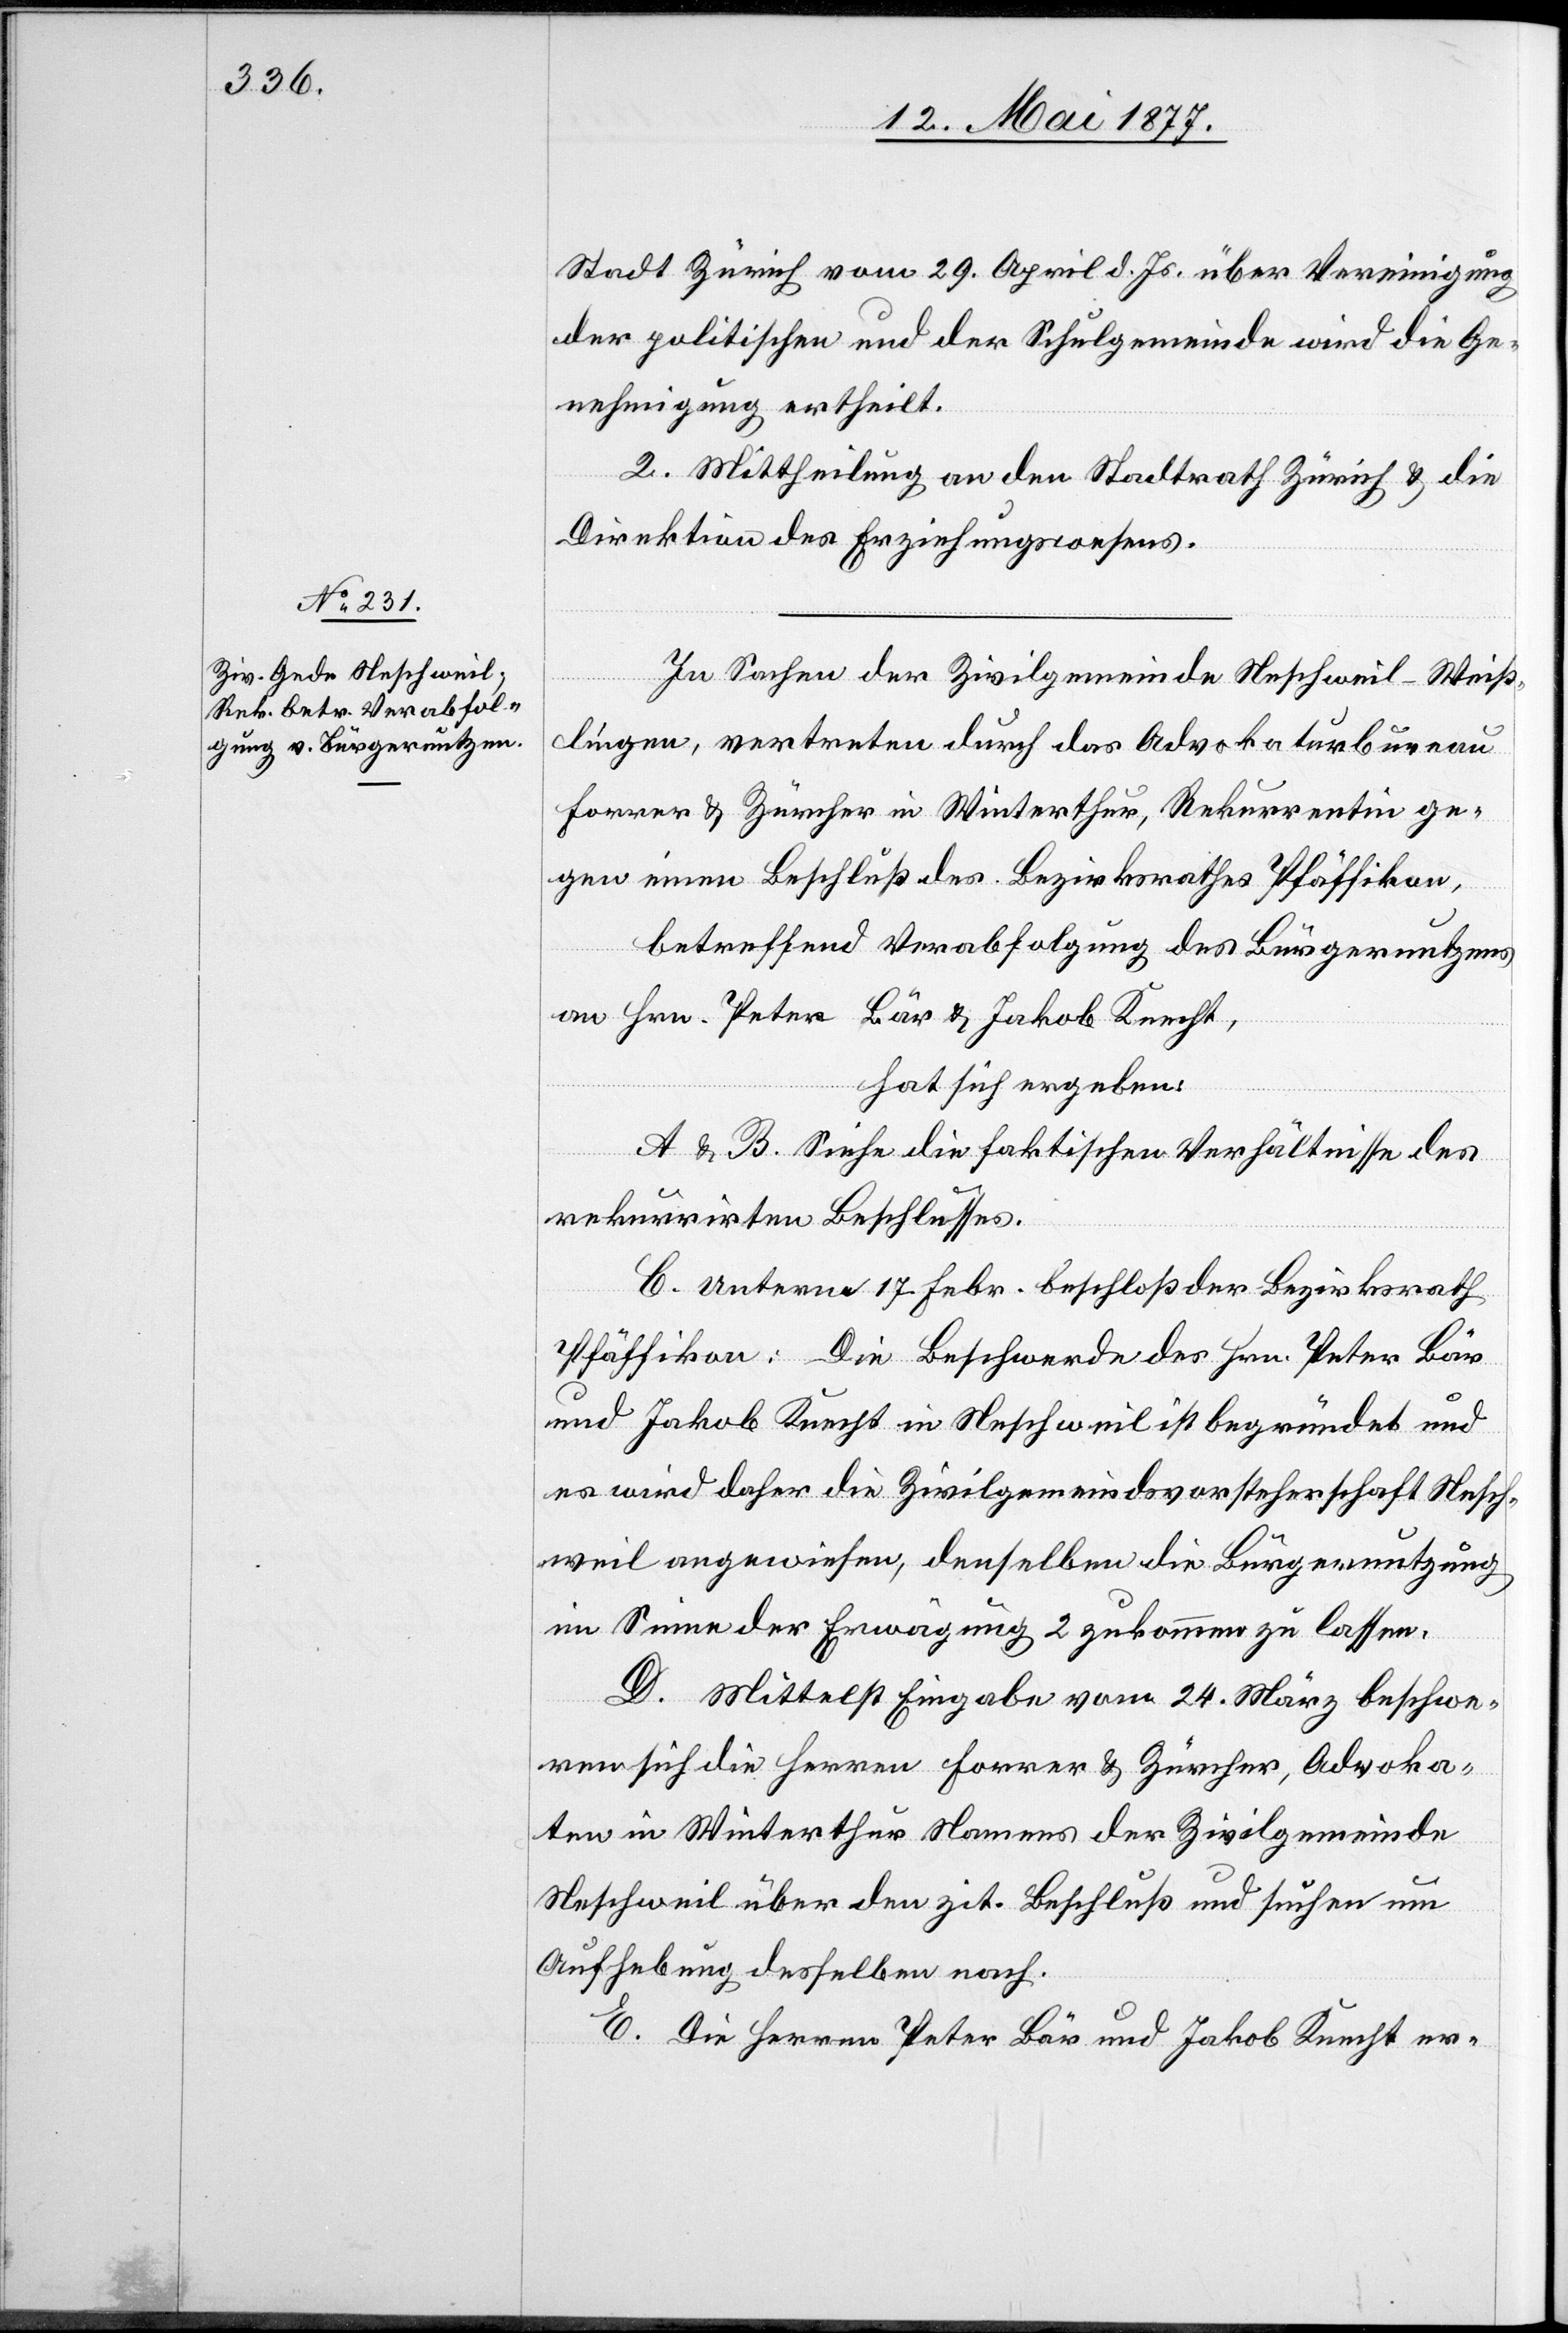
Stadt Zürich vom 29. April d. Js. über Vereinigung
der politischen und der Schulgemeinde wird die Ge¬
nehmigung ertheilt.
2. Mittheilung an den Stadtrath Zürich & die
Direktion des Erziehungswesens.
In Sachen der Zivilgemeinde Neschweil-Weiß¬
lingen, vertreten durch das Advokaturbureau
Forrer & Zürcher in Winterthur, Rekurrentin ge¬
gen einen Beschluß des Bezirksrath Pfäffikon,
betreffend Verabfolgung des Bürgernutzens
an Hrn. Peter Bär & Jakob Knecht,
hat sich ergeben:
A & B. Siehe die faktischen Verhältnisse des
rekurrirten Beschlusses.
C. Unterm 17. Febr. beschloß der Bezirksrath
Pfäffikon: Die Beschwerde des [recte: der] Hrn.
und Jakob Knecht in Neschweil ist begründet und
es wird daher die Zivilgemeindsvorsteherschaft Nesch¬
weil angewiesen, denselben die Bürgernutzung
im Sinne der Erwägung 2 zukommen zu lassen.
D. Mittelst Eingabe vom 24. März beschwe¬
ren sich die Herren Forrer & Zürcher, Advoka¬
ten in Winterthur Namens der Zivilgemeinde
Neschweil über den zit. Beschluß und suchen um
Aufhebung desselben nach.
E. Die Herren Peter Bär und Jakob Knecht er-